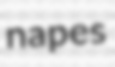
napes